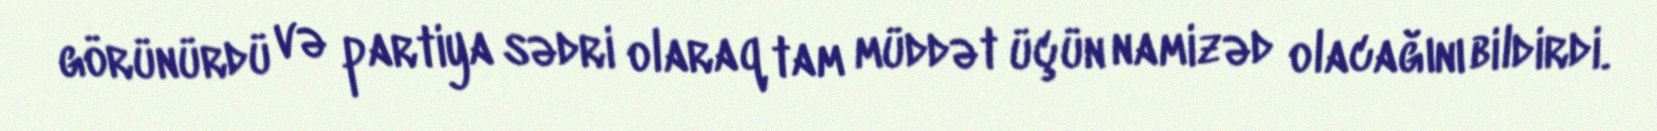
görünürdü və partiya sədri olaraq tam müddət üçün namizəd olacağını bildirdi.